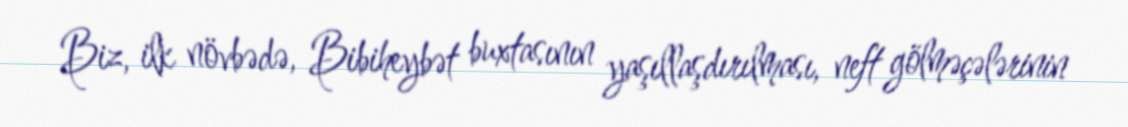
Biz, ilk növbədə, Bibiheybət buxtasının yaşıllaşdırılması, neft gölməçələrinin